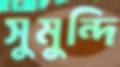
সুমুন্দি